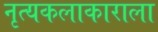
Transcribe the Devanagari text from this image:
नृत्यकलाकाराला